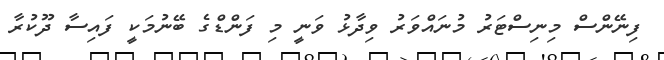
ފިނޭންސް މިނިސްޓަރު މުނައްވަރު ވިދާޅު ވަނީ މި ފަންޑްގެ ބޭނުމަކީ ފައިސާ ދޫކުރާ